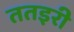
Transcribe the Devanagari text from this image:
ततइरी